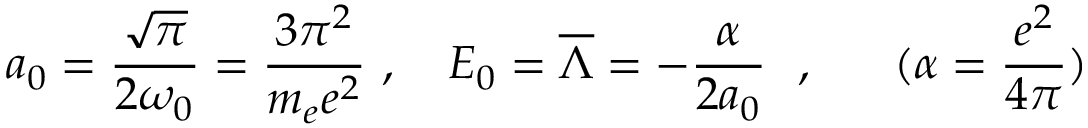
a _ { 0 } = { \frac { \sqrt { \pi } } { 2 \omega _ { 0 } } } = { \frac { 3 \pi ^ { 2 } } { m _ { e } e ^ { 2 } } } ~ , ~ ~ ~ E _ { 0 } = \overline { { { \Lambda } } } = - { \frac { \alpha } { 2 a _ { 0 } } } ~ ~ , ~ ~ ~ ~ ~ ( \alpha = { \frac { e ^ { 2 } } { 4 \pi } } )